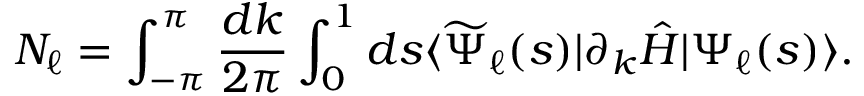
N _ { \ell } = \int _ { - \pi } ^ { \pi } \frac { d k } { 2 \pi } \int _ { 0 } ^ { 1 } d s \langle \widetilde { \Psi } _ { \ell } ( s ) | \partial _ { k } \hat { H } | \Psi _ { \ell } ( s ) \rangle .